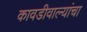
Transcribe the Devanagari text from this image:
कावडीवाल्यांचा